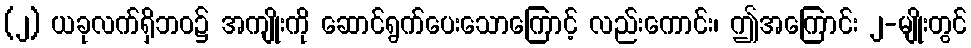
(၂) ယခုလက်ရှိဘဝ၌ အကျိုးကို ဆောင်ရွက်ပေးသောကြောင့် လည်းကောင်း၊ ဤအကြောင်း ၂-မျိုးတွင်